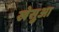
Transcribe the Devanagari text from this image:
खेसुआ